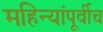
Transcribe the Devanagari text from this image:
महिन्यांपूर्वीच